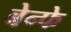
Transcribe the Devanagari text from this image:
बेन्फे